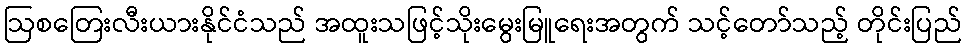
ဩစတြေးလီးယားနိုင်ငံသည် အထူးသဖြင့်သိုးမွေးမြူရေးအတွက် သင့်တော်သည့် တိုင်းပြည်